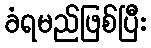
ခံရမည်ဖြစ်ပြီး